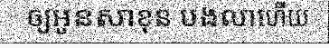
ឲ្យអូនសាខុន បងលាហើយ